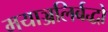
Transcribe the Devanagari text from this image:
मयाञ्जलिर्बद्धो